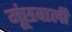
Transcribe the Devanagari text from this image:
मूंछवाली